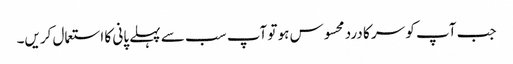
جب آپ کو سر کا درد محسوس ہو تو آپ سب سے پہلے پانی کا استعمال کریں۔